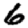
Digit: 6